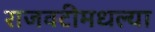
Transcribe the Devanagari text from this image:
राजवटीमधल्या